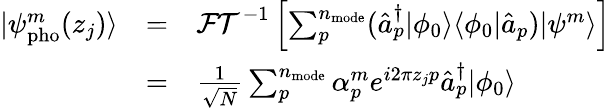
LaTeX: \begin{array}{ccl}{|\psi_{\mathrm{pho}}^{m}(z_{j})\rangle}&{=}&{\mathcal{FT}^{-1}\left[\sum_{p}^{n_{\mathrm{mode}}}(\hat{a}_{p}^{\dagger}|\phi_{0}\rangle\langle\phi_{0}|\hat{a}_{p})|\psi^{m}\rangle\right]}\\ &{=}&{\frac{1}{\sqrt N}\sum_{p}^{n_{\mathrm{mode}}}\alpha_{p}^{m}e^{i2\pi z_{j}p}\hat{a}_{p}^{\dagger}|\phi_{0}\rangle}\end{array}